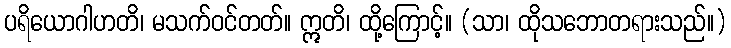
ပရိယောဂါဟတိ၊ မသက်ဝင်တတ်။ ဣတိ၊ ထို့ကြောင့်။ (သာ၊ ထိုသဘောတရားသည်။)